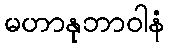
မဟာနုဘာဝါနံ